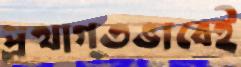
প্রথাগতভাবেই